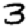
Digit: 3